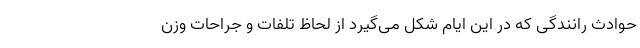
حوادث رانندگی که در این ایام شکل می‌گیرد از لحاظ تلفات و جراحات وزن